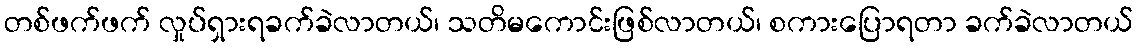
တစ်ဖက်ဖက် လှုပ်ရှားရခက်ခဲလာတယ်၊ သတိမကောင်းဖြစ်လာတယ်၊ စကားပြောရတာ ခက်ခဲလာတယ်